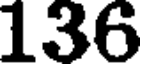
136